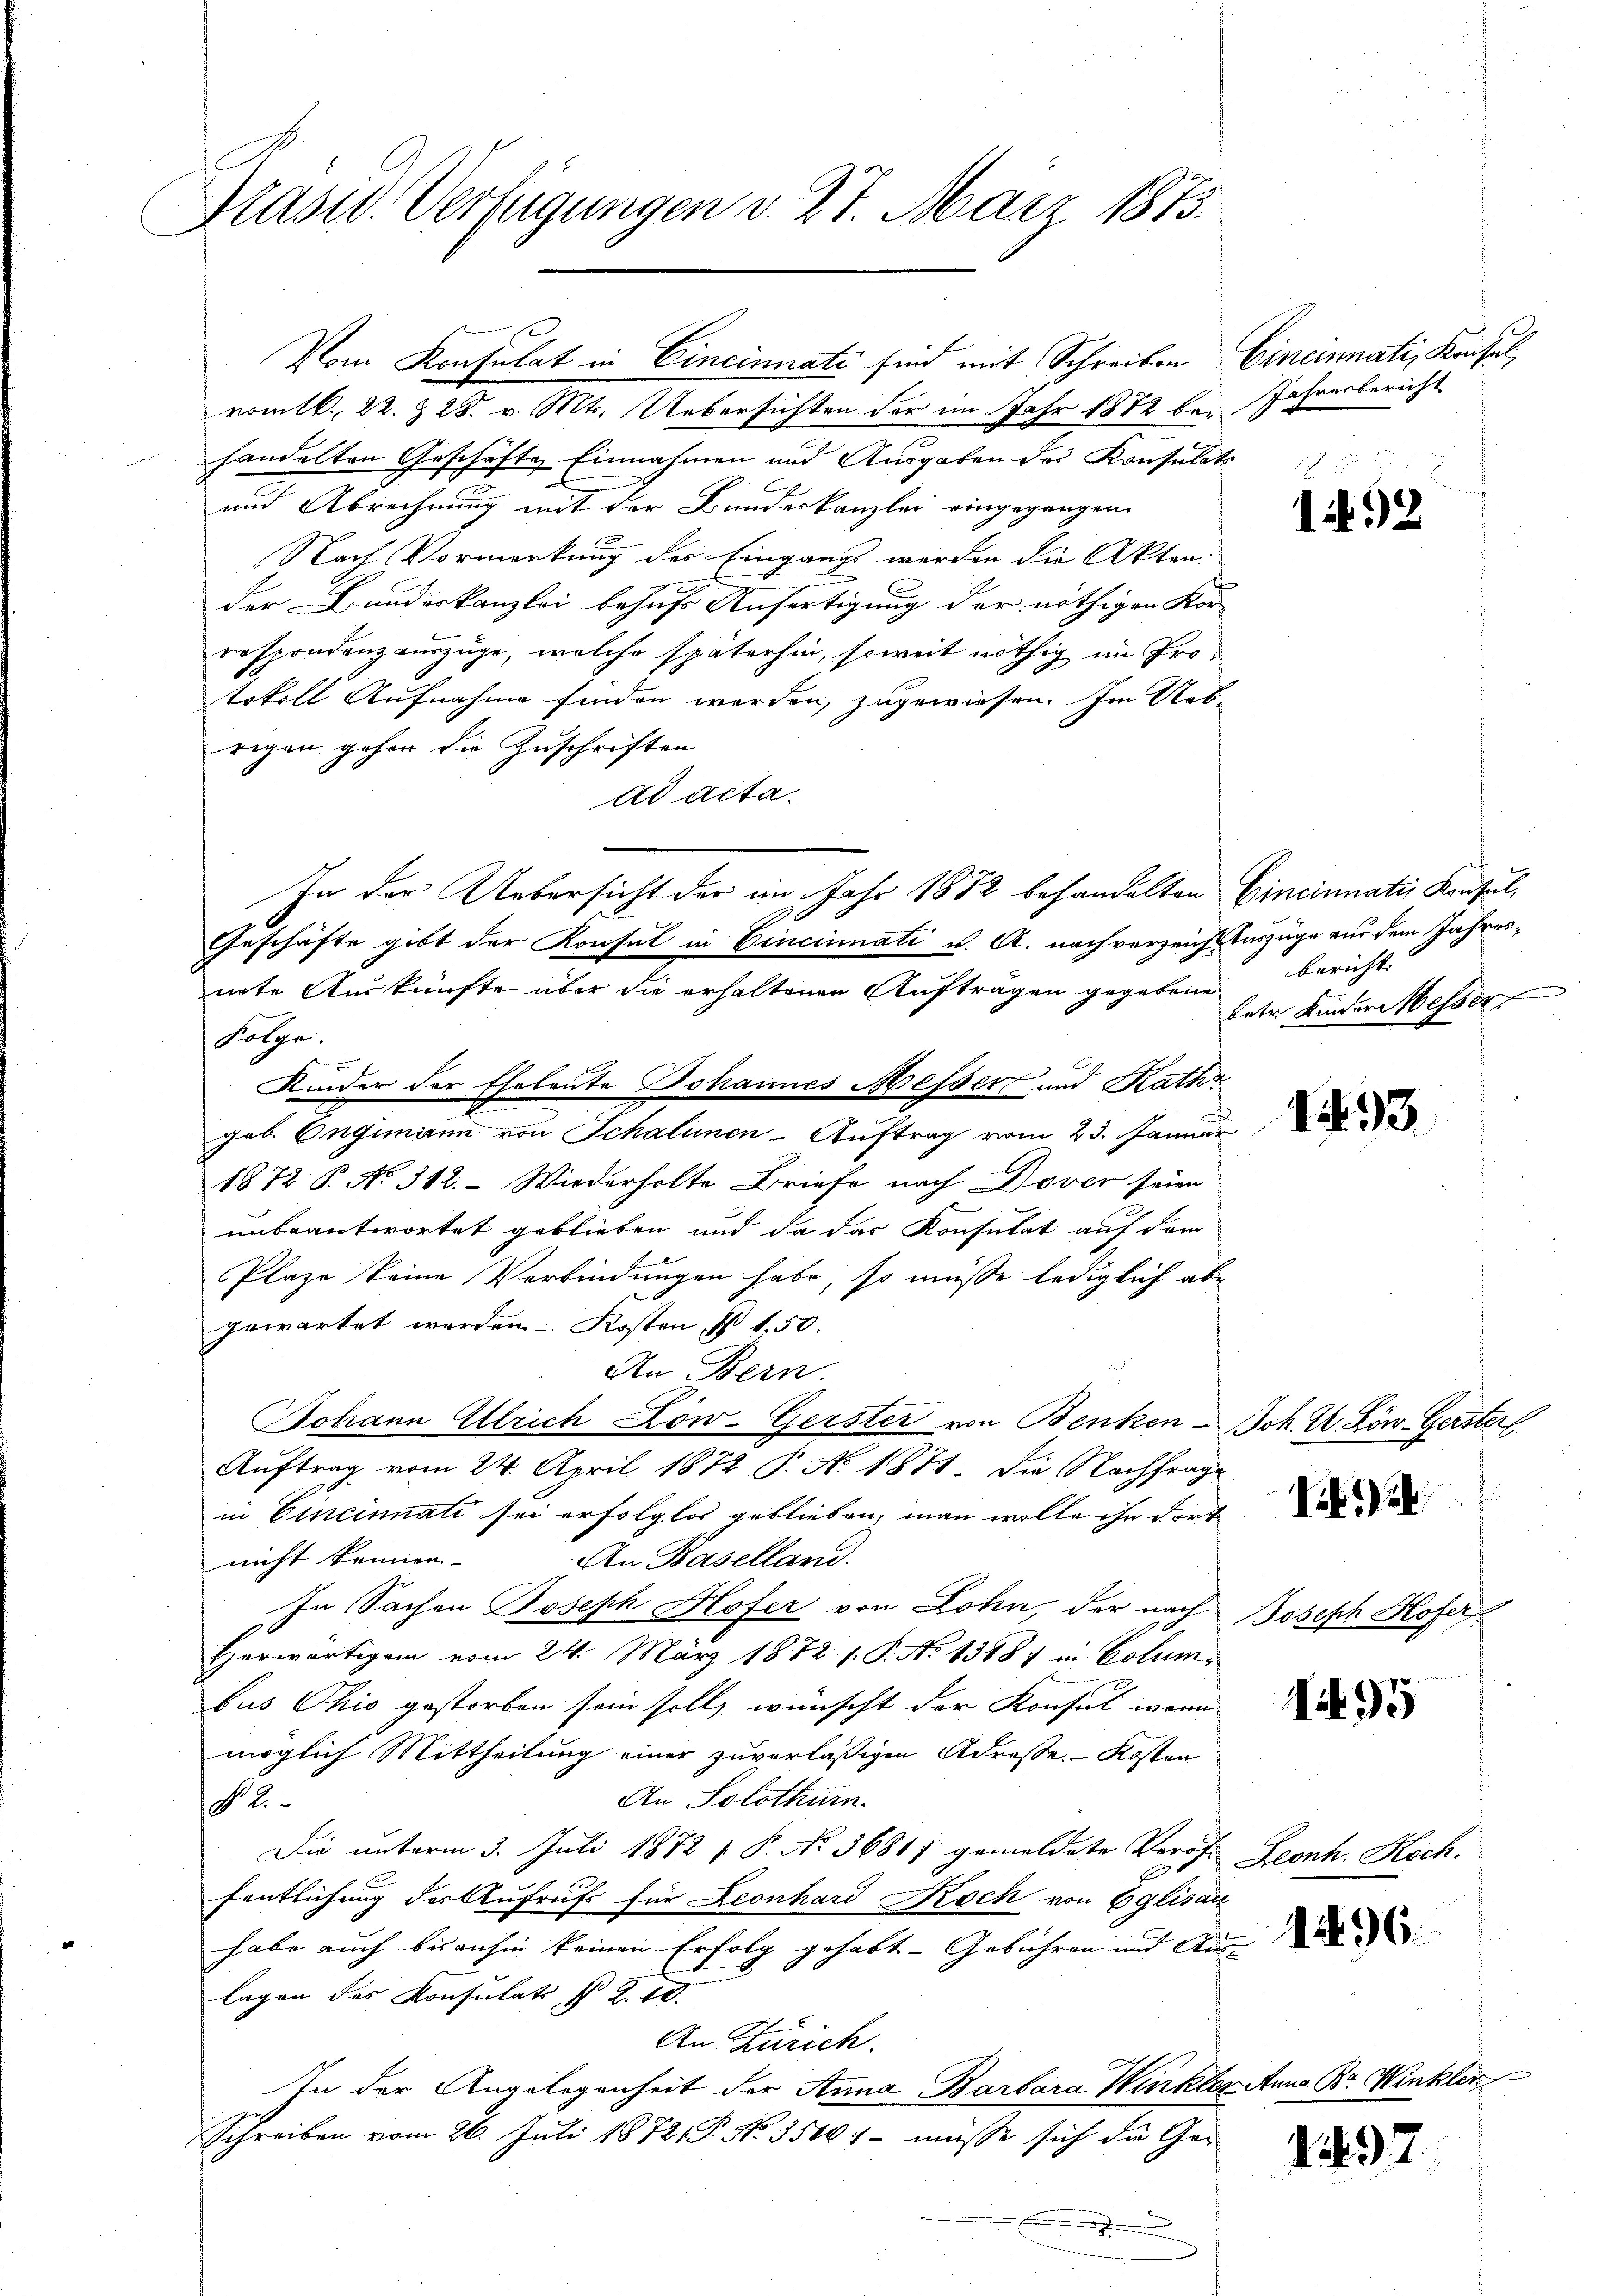
Plast. Verfügungen d. 27. März 1873.

Vom Konsulat in Cincinnati sind mit Schreiben Cincinnati, Konsul,
romtb. 22. & 25. v. Mts. Uebersichten der im Jahr 1872 bei Jahresbericht
handelten Geschäfte Einnahmen und Ausgaben des Konsulats
und Abrechnung mit der Bundeskanzlei eingegangen.
Nach Vormerkung der Eingangs werden die Akten.
der Landerkanzlei behufs Anfertigung der nöthigen Kor-
respondenz auszüge, welche späterhin, soweit nöthig im Protokoll Aufnahme finden werden, zugewiesen. Im Uebrigen gehen die Zuschriften
Ad Acta.
In der Uebersicht der im Jahr 1882 behandelten Cincinatis Konsul¬
Geschäfte gibt der Konsul in Cincinati u. A. nach verzeicht auszüge nur dem Jahresnete Auskünfte über die erhaltenen Aufträgen gegebene bericht
Folge.
Kinder der Eheleute Johannes Messer und Raths
.
geb. Engimann von Schalinen-Auftrag vom 23. Januar
1872 P. No. 312. Wiederholte Briefe nach Dover seien
unbeantwortet geblieben und da das Konsulat auf dem
Plaze keine Verbindungen habe, so müsse lediglich abe
gewartet werden Kosten s 150.
An Bern.
Johann Ulrich Low-Gerster von Benken Joh. A. Löw. Gerster
Auftrag vom 24. April 1872 P. No 1871. Die Nachfrage
in Cincinati sei erfolglos geblieben, man wolle ihn dort
nicht konnien-
An Baselland.
In Sachen Joseph Hofer von Lohn, der nach Joseph Hofer
Herwärtigen vom 24. März 1872 s. P. No 1348) in Columbus Chio gestorben sein soll, wünscht der Konsul wenn
möglich Mittheilung einer zuverläßigen Adresse. Kosten
An Solothurn.
No. 2.
Die unterm 3. Juli 1872 f. P. No. 36817 gemeldete Prof. Feenh. Koch.
fentlichung der Aufrufs für Leonhard Koch von Eglisau
habe auch bisanhin keinen Erfolg gehabt- Gebühren und Aus- |
lagen des Konsulat § 2. 40.
An Zürich.
In der Angelegenheit der Anna Barbara Winkler Anna Br. Winkler
Schreiben vom 26. Juli 1872, P. Nr. 3500 f - müsse sich die Ge¬
.

d
192

betr. Kinder Messer

1493

N.61) a

495

1496

1297.